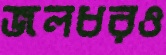
জলধরও